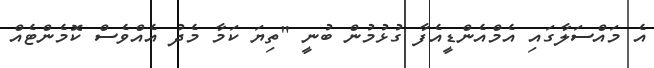
އެ މައްސަލާގައި އެމްއެންޑީއެފާ ގުޅުމުން ބުނީ "ތިޔަ ކަމާ މެދު އެއްވެސް ކޮމެންޓެއް